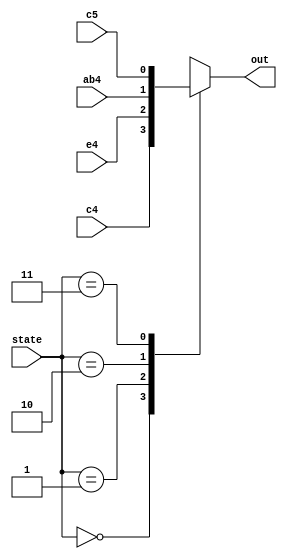
module m41 (c4, e4, ab4, c5, state, out);
//input clk;
input wire c4, e4, ab4, c5;
input wire [1:0] state;
output reg out;

always @ (state)
begin

case (state)
2'b00 : out <= c4;
2'b01 : out <= e4;
2'b10 : out <= ab4;
2'b11 : out <= c5;
endcase

end

endmodule